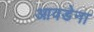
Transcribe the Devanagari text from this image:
आवडेना